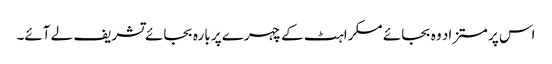
اس پر مستزاد وہ بجائے مسکراہٹ کے چہرے پر بارہ بجائے تشریف لے آئے۔